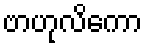
ဗာဟုလိကော